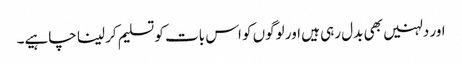
اور دلہنیں بھی بدل رہی ہیں اور لوگوں کو اس بات کو تسلیم کر لینا چاہیے۔